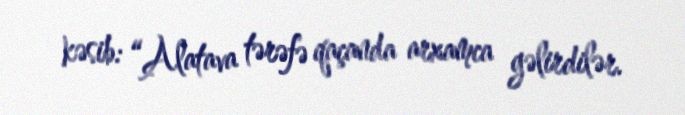
kəsib: “Alatava tərəfə qaçanda arxamca gəlirdilər.